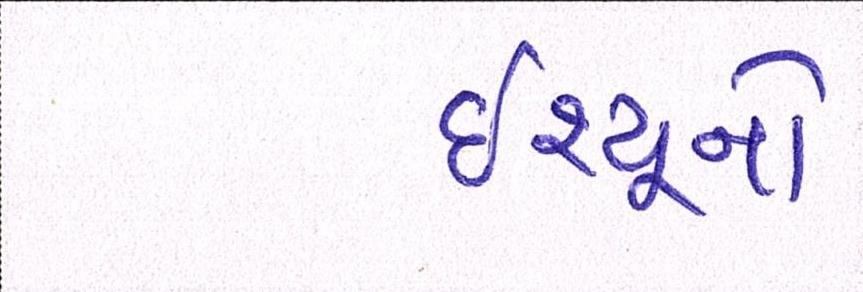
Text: ઇશ્યૂનો